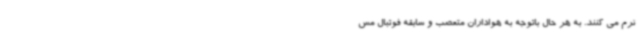
نرم می کنند. به هر حال باتوجه به هواداران متعصب و سابقه فوتبال مس